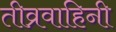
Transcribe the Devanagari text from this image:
तीव्रवाहिनी